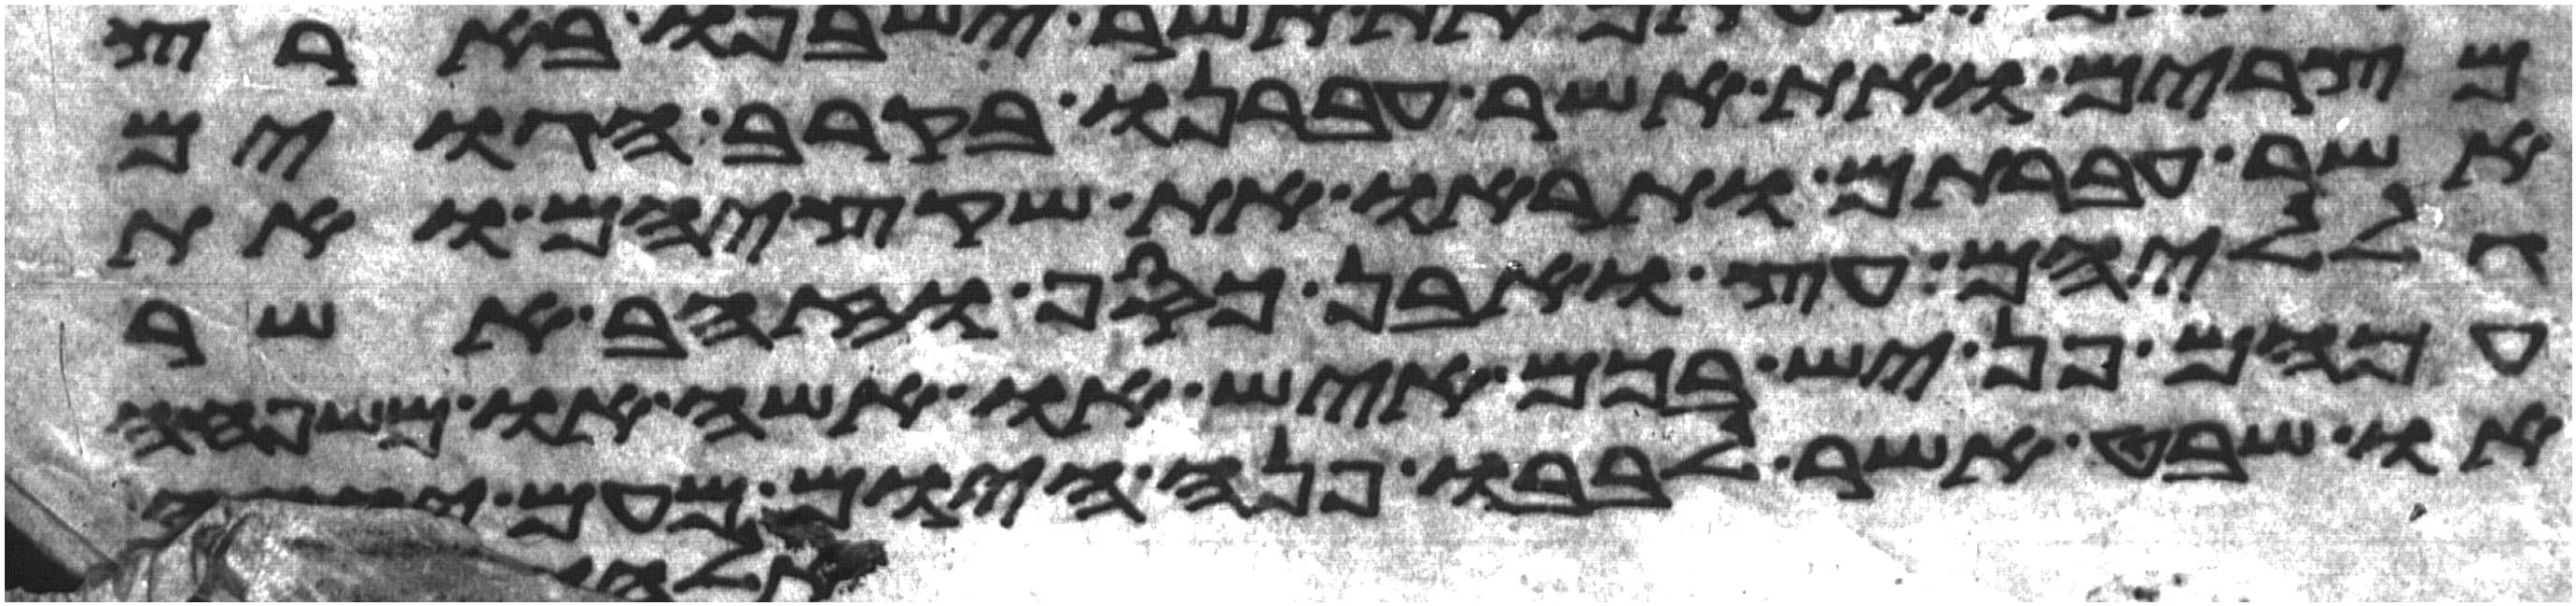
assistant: מצרים ואת אשר עברנו בקרב הגוים
אשר עברתם ותראו את שקציהם ואת
גלליהם עץ ואבן כסף וזהב אשר
עמהם פן יש בכם איש או אשה או משפחה
או שבט אשר לבבו פנה היום מעם יהוה